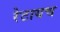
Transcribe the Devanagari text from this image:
रेटायच